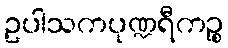
ဥပါသကပုဏ္ဍရီကဉ္စ